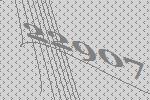
22907